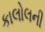
કાલોલની